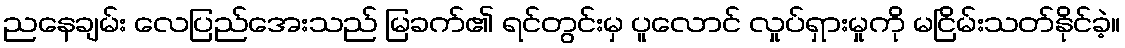
ညနေချမ်း လေပြည်အေးသည် မြခက်၏ ရင်တွင်းမှ ပူလောင် လှုပ်ရှားမှုကို မငြိမ်းသတ်နိုင်ခဲ့။